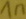
Text: 1n